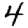
Digit: 4